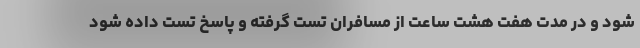
شود و در مدت هفت هشت ساعت از مسافران تست گرفته و پاسخ تست داده شود